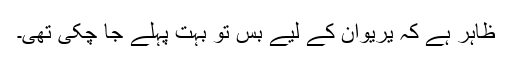
ظاہر ہے کہ یریوان کے لیے بس تو بہت پہلے جا چکی تھی۔